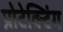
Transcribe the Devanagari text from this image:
प्रोटेक्टिंग